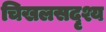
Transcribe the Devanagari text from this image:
चिखलसदृश्य